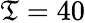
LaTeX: \mathfrak{T}=40